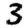
Digit: 3